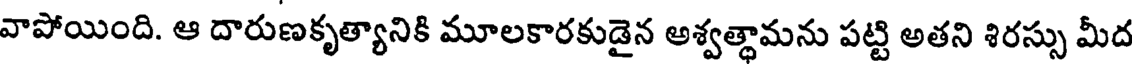
వాపోయింది. ఆ దారుణకృత్యానికి మూలకారకుడైన అశ్వత్థామను పట్టి అతని శిరస్సు మీద